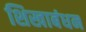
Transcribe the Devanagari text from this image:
शिखाबंधन